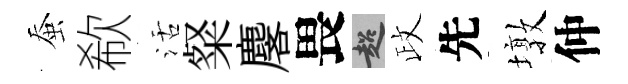
蚕欷活粲麐畏超政先墩仲